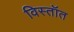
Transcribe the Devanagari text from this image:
विस्तॉत